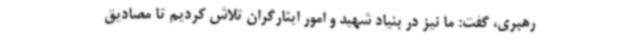
رهبری، گفت: ما نیز در بنیاد شهید و امور ایثارگران تلاش کردیم تا مصادیق